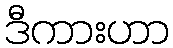
ဒီကားဟာ